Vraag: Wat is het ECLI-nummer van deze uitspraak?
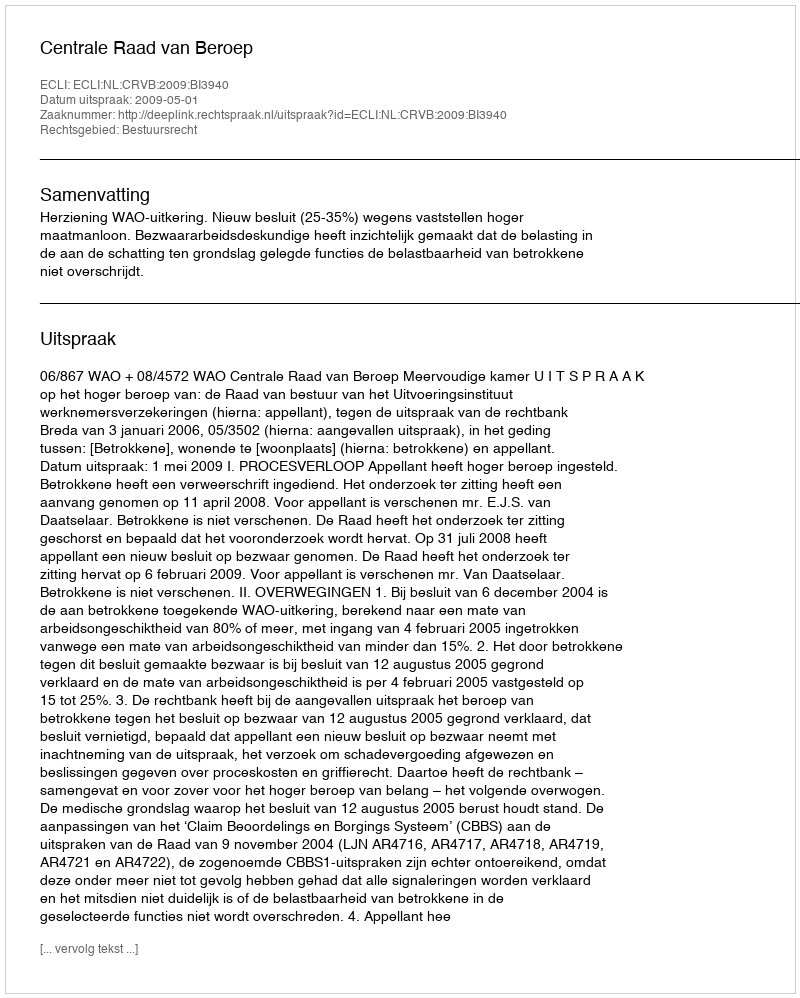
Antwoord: ECLI:NL:CRVB:2009:BI3940